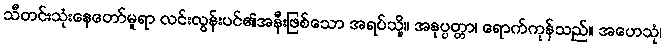
သီတင်းသုံးနေတော်မူရာ လင်းလွန်းပင်၏အနီးဖြစ်သော အရပ်သို့။ အနုပ္ပတ္တာ၊ ရောက်ကုန်သည်။ အဟေသုံ၊